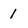
Character: 1